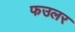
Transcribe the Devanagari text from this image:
फउलर